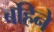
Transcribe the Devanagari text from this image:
बहिने